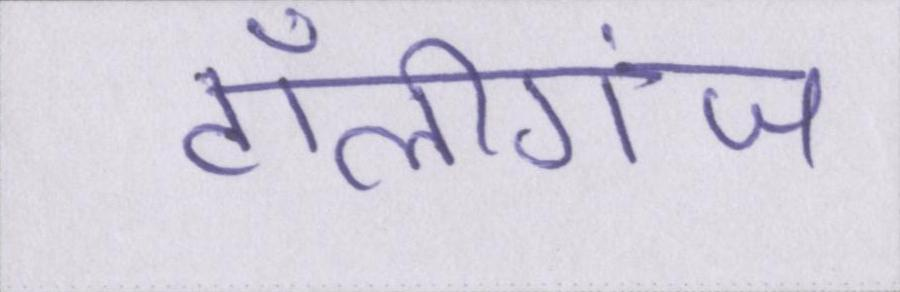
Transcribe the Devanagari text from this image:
टॉलीगंज